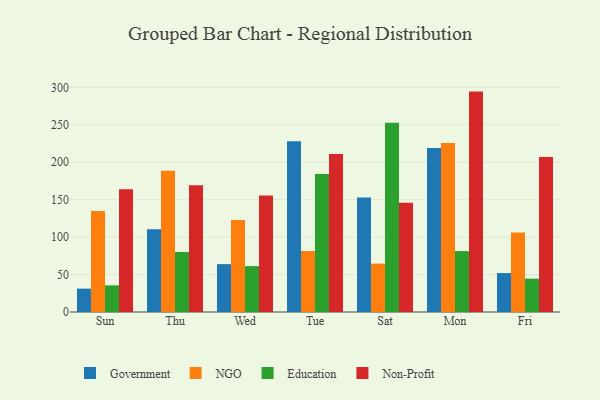
{"axis": {"x": "Day", "y": "Website Visitors"}, "legend": ["Education", "Government", "NGO", "Non-Profit"], "data": [{"x": "Sun", "y": 31.2, "type": "Government"}, {"x": "Sun", "y": 134.9, "type": "NGO"}, {"x": "Sun", "y": 35.6, "type": "Education"}, {"x": "Sun", "y": 163.8, "type": "Non-Profit"}, {"x": "Thu", "y": 110.5, "type": "Government"}, {"x": "Thu", "y": 188.7, "type": "NGO"}, {"x": "Thu", "y": 80.2, "type": "Education"}, {"x": "Thu", "y": 169.4, "type": "Non-Profit"}, {"x": "Wed", "y": 63.9, "type": "Government"}, {"x": "Wed", "y": 123.0, "type": "NGO"}, {"x": "Wed", "y": 61.3, "type": "Education"}, {"x": "Wed", "y": 155.5, "type": "Non-Profit"}, {"x": "Tue", "y": 227.9, "type": "Government"}, {"x": "Tue", "y": 81.4, "type": "NGO"}, {"x": "Tue", "y": 184.4, "type": "Education"}, {"x": "Tue", "y": 211.0, "type": "Non-Profit"}, {"x": "Sat", "y": 153.0, "type": "Government"}, {"x": "Sat", "y": 64.6, "type": "NGO"}, {"x": "Sat", "y": 252.6, "type": "Education"}, {"x": "Sat", "y": 145.9, "type": "Non-Profit"}, {"x": "Mon", "y": 219.1, "type": "Government"}, {"x": "Mon", "y": 225.8, "type": "NGO"}, {"x": "Mon", "y": 81.3, "type": "Education"}, {"x": "Mon", "y": 294.3, "type": "Non-Profit"}, {"x": "Fri", "y": 52.0, "type": "Government"}, {"x": "Fri", "y": 106.2, "type": "NGO"}, {"x": "Fri", "y": 44.5, "type": "Education"}, {"x": "Fri", "y": 206.9, "type": "Non-Profit"}]}